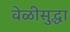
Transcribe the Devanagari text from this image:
वेळीसुद्धा